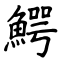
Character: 鰐